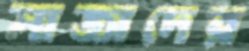
সাজাদের